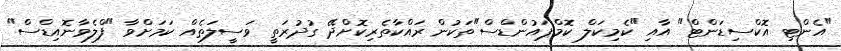
"އެންޓި އޮކްސިޑަންޓް" އާއި "ކެމިކަލް ކޮމްޕައުންޑްސް"ތަކުން ރައްކާތެރިކޮށްދޭ ގުދުރަތީ ވަސީލަތެއް ކަމަށްވާ "ފްލެވާނޮއިޑްސް"